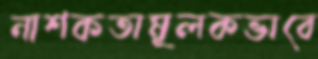
নাশকতামূলকভাবে